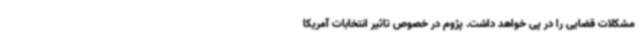
مشکلات قضایی را در پی خواهد ‌داشت. پژوم در خصوص تاثیر انتخابات آمریکا